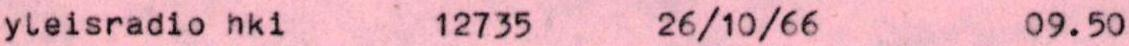
yleisradio hki 12735 26/10/66 09.50